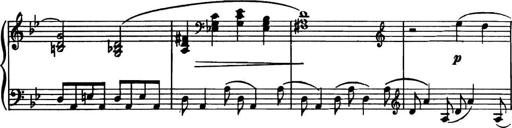
Title: Piano Sonatina in G minor
Composer: John Blackwood McEwen
Key: G minor